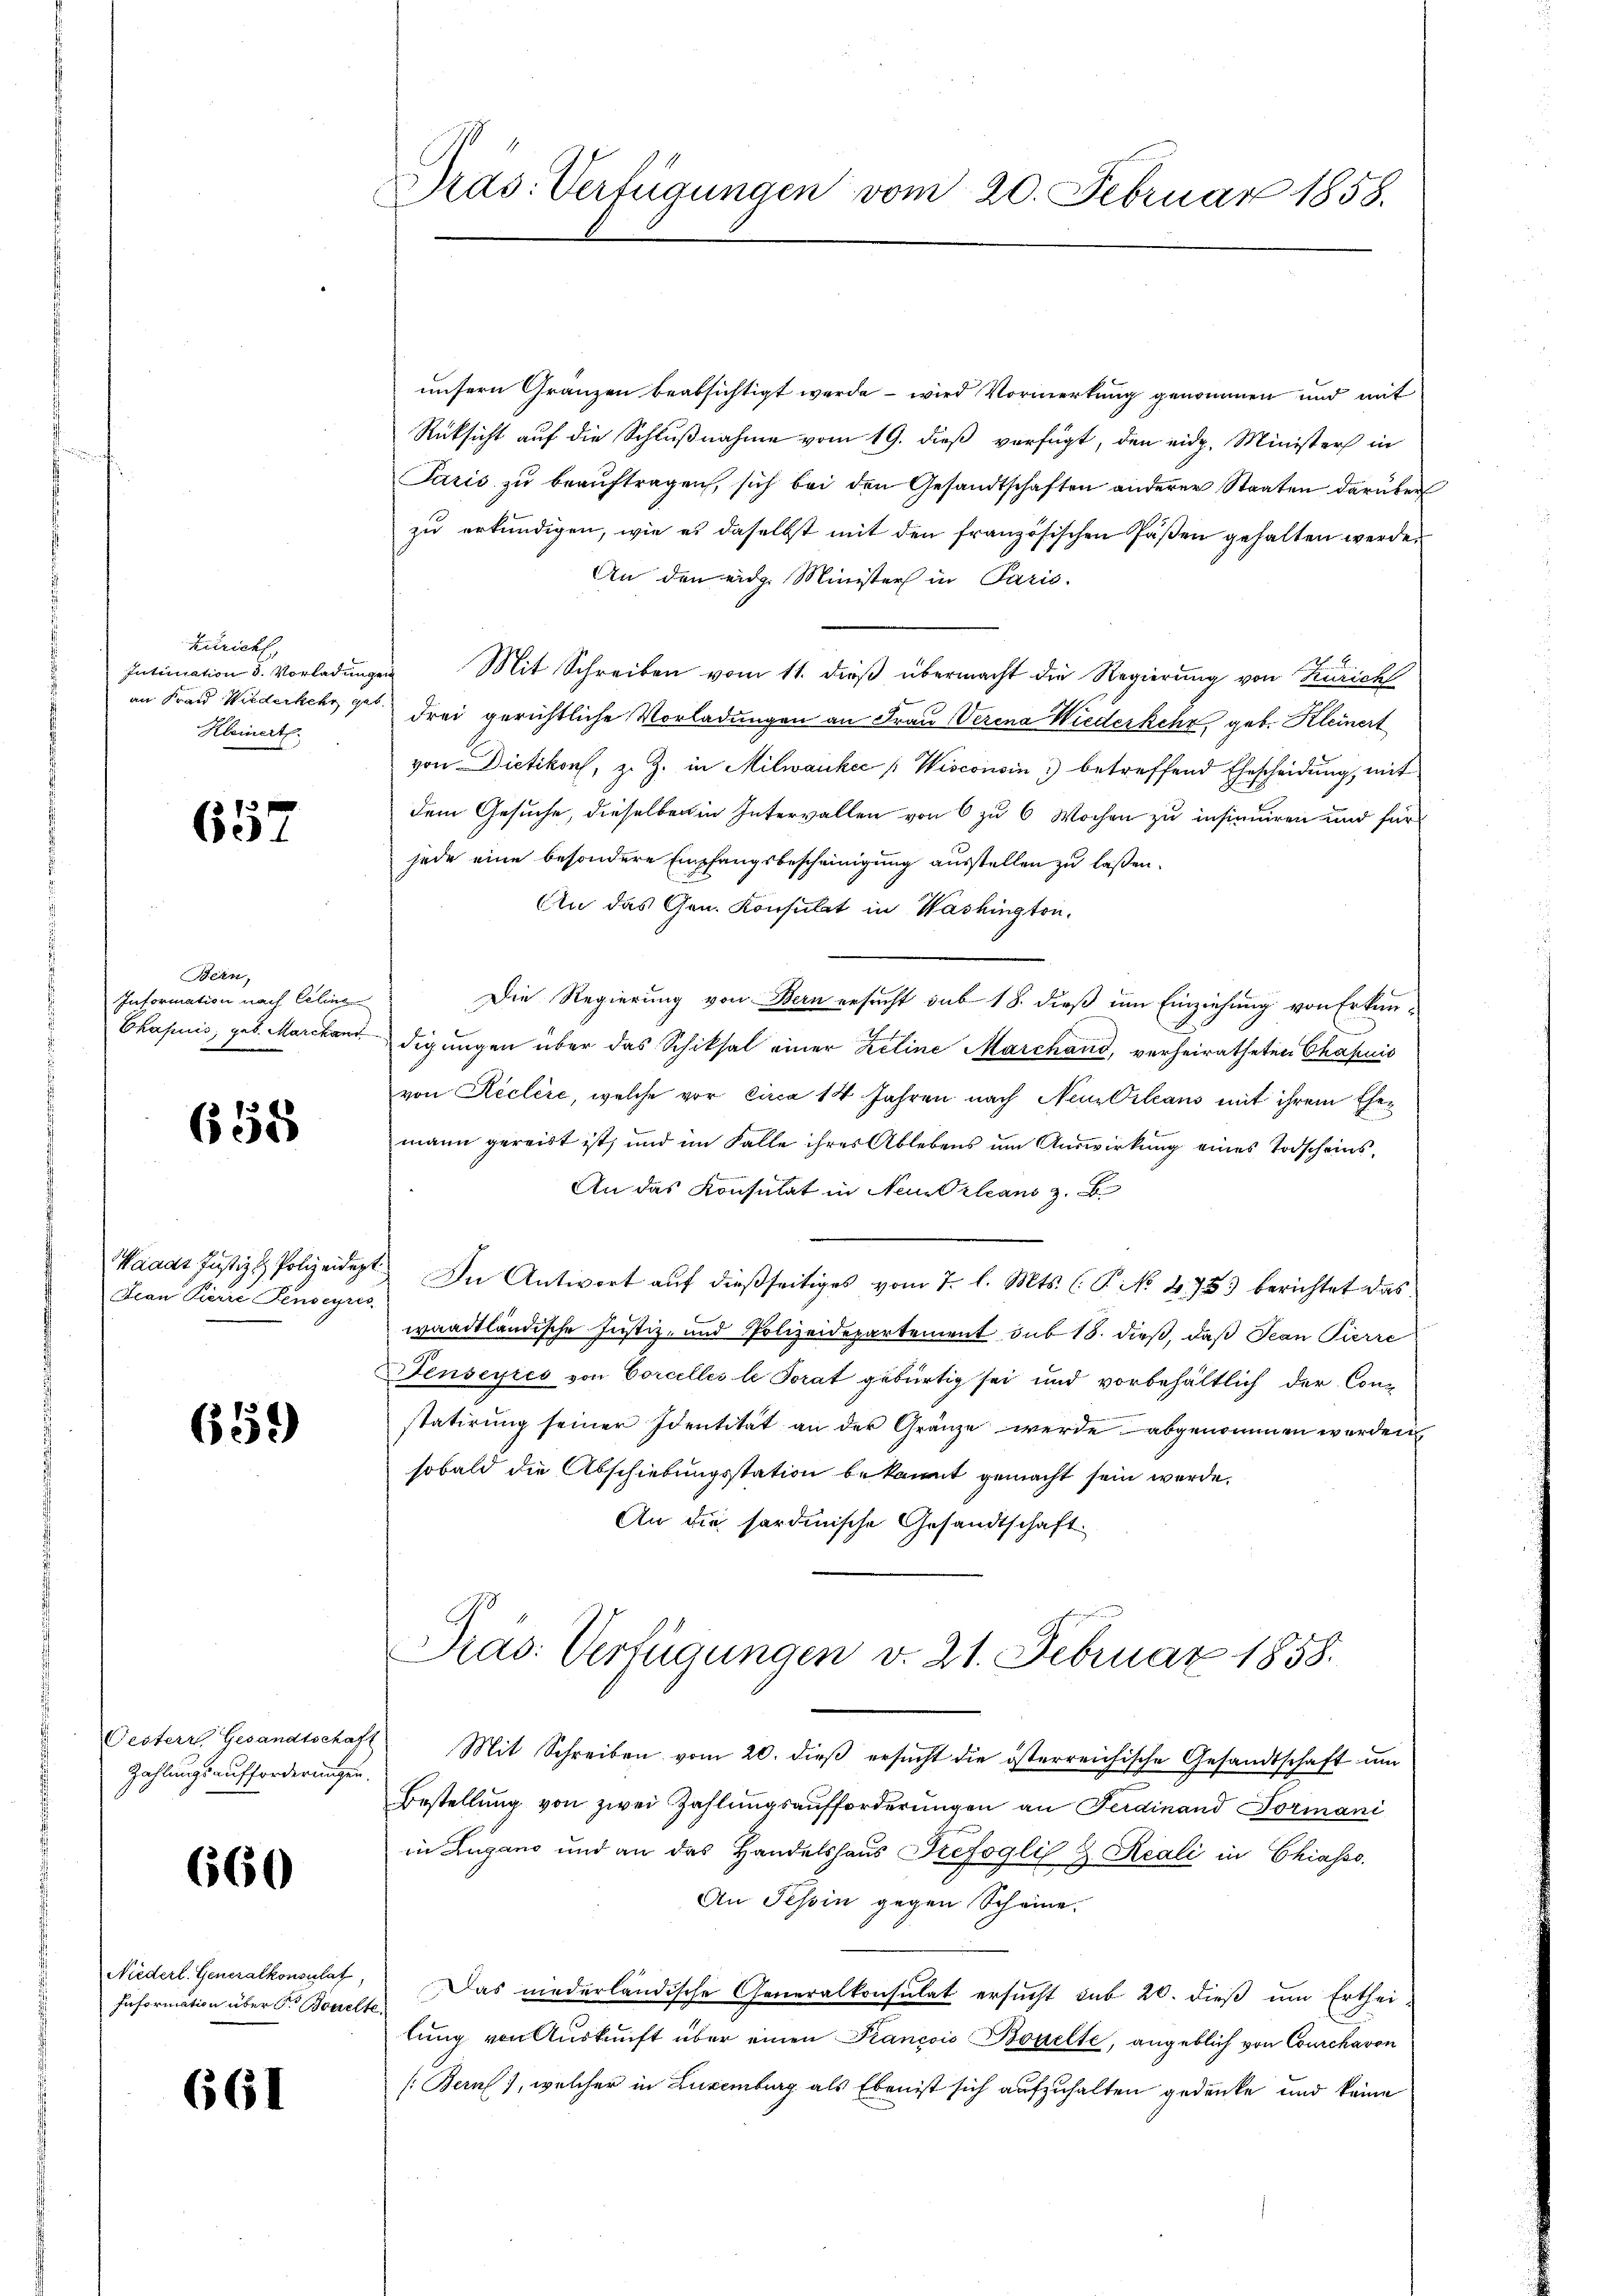
Einrieth,
Kleinert.

657

Bern,
Information nach Celins
Ekapuis, geb. Marckant

658

Waadt Justiz & Polizeidige
Jean Pierre Tendepres

659)

Festerr Gesandtschaf
Zahlungsaufforderungen.

660

Niederl. Generalkonsulat,
Information über P. Borelt

661

Dras: Verfügungen vom 20. Februar 1858.

unsern Gränzen beabsichtigt werde – wird Vormerkung genommen und mit
Rücksicht auf die Schlußnahme vom 19. dieß verfügt, den eidg. Ministers in
Paris zŭ beaŭftragen, sich bei den Gesandtschaften anderer Staaten darüber
zu erkundigen, wie es daselbst mit den französischen Päßen gehalten werde.
An den eidg. Minister in Paris.
1
Intimation 3. Vorladungen Mit Schreiben vom 11. dieß übermacht die Regierung von Zürich
an Frau Wiederkehr vor drei gerichtliche Vorladungen an Frau Verena Wiederkehr geb. Kleinert
von Dietikon, z. Z. in Milwankec [Wisconsin betreffend Ehescheidung, mit
dem Gesuche, dieselben in Intervallen von 6 zu 6 Wochen zu insinuiren und für
jede eine besondere Empfangsbescheinigung ausstellen zu laßen.
An das Gen. Konsulat in Washington.
Die Regierung von Bern ersucht sub 18. dieß um Einziehung von Erkundigungen über das Schiksal einer Zeline Marchand, verheiratheten Chapuis
von Reclère, welche vor circa 14 Jahren nach Neu-Orleans mit ihrem Ehemann gereist ist, und im Falle ihres Ablebens um Auswirkung eines Todscheins¬
An das Konsulat in Neu Orleans z. B
G
In Antwort auf dießseitiges vom 7. l. Mts. (T. No. 4753 berichtet das
waadtländische Justiz- und Polizeidepartement sub 18. dieß, daß Jean Pierre
Jenseyres von Corcelles le Torat gebürtig sei und vorbehältlich der Constatirŭng seiner Identität an der Gränze werde abgenommen werden
sobald die Abschiebungsstation bekannt gemacht sein werde.
An die sardinische Gesandtschaft.
Pras: Verfügungen v. 21. Februar 1858.
Mit Schreiben vom 20. dieβ ersŭcht die österreichische Gesandtschaft ŭm
Bestellŭng von zwei Zahlŭngsaufforderŭngen an Ferdinand Formani
in Lugano und an das Handelshaus Drefogli & Reali in Chiasso,
An Tessin gegen Scheine.
Das niederländische Generalkonsulat ersucht sub 20. dieß um Ertheilung von Auskunft über einen Prancois Bodelte, angeblich von Courchavon
(Bern, welcher in Luxenburg als Eben ist sich aufzuhalten gedenke und keine